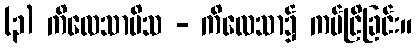
(၃) ကိလေသာမိသ - ကိလေသာ၌ ကပ်ငြိခြင်း။